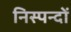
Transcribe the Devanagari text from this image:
निस्पन्दों